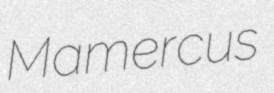
Mamercus